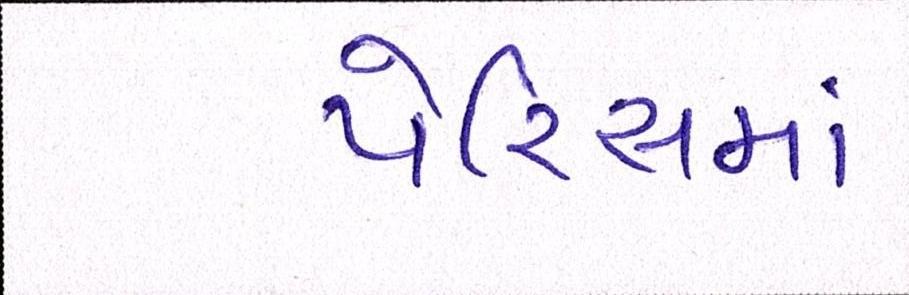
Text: પેરિસમાં